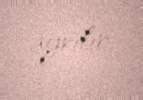
ayrılır.